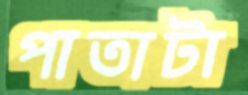
পাতাটা